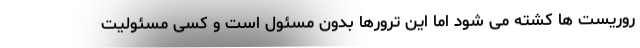
روریست ها کشته می شود اما این ترورها بدون مسئول است و کسی مسئولیت